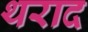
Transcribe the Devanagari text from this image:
थराद